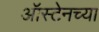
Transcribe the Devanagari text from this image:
ऑस्टेनच्या